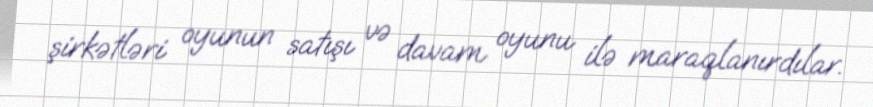
şirkətləri oyunun satışı və davam oyunu ilə maraqlanırdılar.